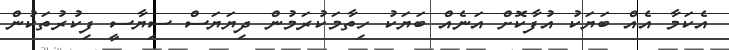
އެކަމާ އެއް ބަޔަކު އުފާކޮށް އަނެއް ބަޔަކު ހިތާމަކުރަމުން ދިޔަޔަސް ސިޔާސީ ފިކުރުތަކުން